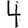
Digit: 4